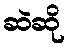
ဆဲဆို